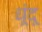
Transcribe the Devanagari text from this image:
धूंदू